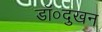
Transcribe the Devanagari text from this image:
डॉ०दुखन